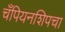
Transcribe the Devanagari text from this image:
चँपियनशिपचा